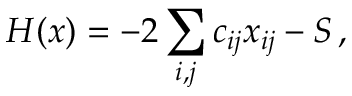
{ \cal H } ( x ) = - 2 \sum _ { i , j } c _ { i j } x _ { i j } - S \, ,